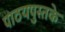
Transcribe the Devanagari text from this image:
पाठयपुस्तके